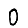
Digit: 0